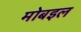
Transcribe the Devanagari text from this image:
मोबइल